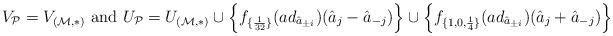
LaTeX: \begin{align*}V_{\mathcal{P}} = V_{(\mathcal{M}, *)} \textrm{ and } U_{\mathcal{P}} = U_{(\mathcal{M}, *)} \cup \left\{ f_{\{\frac{1}{32}\}}(ad_{\hat{a}_{\pm i}})(\hat{a}_j - \hat{a}_{-j}) \right\} \cup \left\{ f_{\{1, 0, \frac{1}{4}\}}(ad_{\hat{a}_{\pm i}})(\hat{a}_j + \hat{a}_{-j}) \right\}\end{align*}